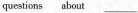
question about ___